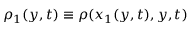
\rho _ { 1 } ( y , t ) \equiv \rho ( x _ { 1 } ( y , t ) , y , t )